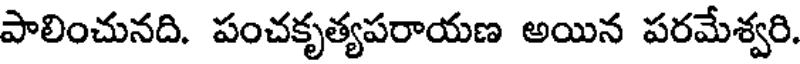
పాలించునది. పంచకృత్యపరాయణ అయిన పరమేశ్వరి.